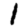
Digit: 1